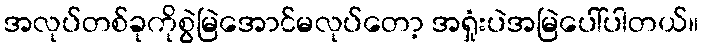
အလုပ်တစ်ခုကိုစွဲမြဲအောင်မလုပ်တော့ အရှုံးပဲအမြဲပေါ်ပါတယ်။